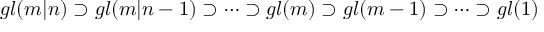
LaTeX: g l ( m | n ) \supset g l ( m | n - 1 ) \supset \dots \supset g l ( m ) \supset g l ( m - 1 ) \supset \dots \supset g l ( 1 )